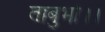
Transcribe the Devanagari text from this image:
ताबुभो।।